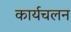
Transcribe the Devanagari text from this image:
कार्यचलन